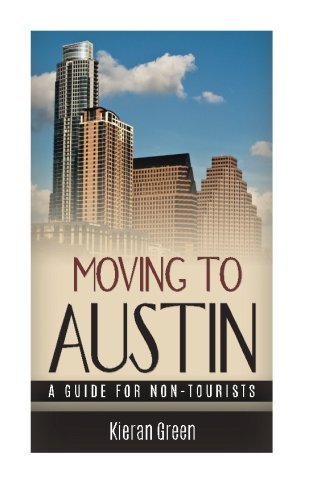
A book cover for Moving to Austin: A Guide for Non-Tourists (Guides for Non-Tourists) (Volume 1); Kieran Green; Travel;